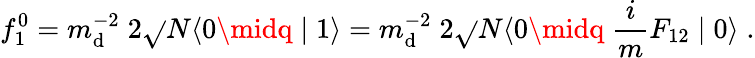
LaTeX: f_{1}^{0}=m_{\mathrm{d}}^{-2}\; 2\sqrt{}{{N}}\langle0\midq\mid1\rangle=m_{\mathrm{d}}^{-2}\; 2\sqrt{}{{N}}\langle0\midq\; \frac{{i}}{{m}}F_{12}\mid0\rangle\; .